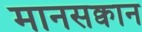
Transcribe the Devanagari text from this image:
मानसक्वान